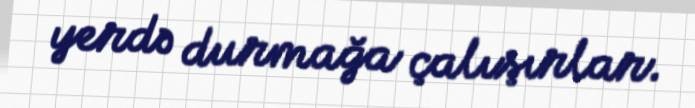
yerdə durmağa çalışırlar.